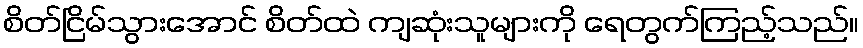
စိတ်ငြိမ်သွားအောင် စိတ်ထဲ ကျဆုံးသူများကို ရေတွက်ကြည့်သည်။